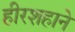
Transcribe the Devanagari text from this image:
हीरशहाने